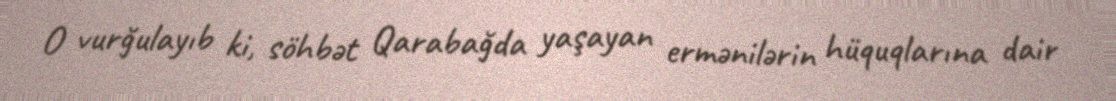
O vurğulayıb ki, söhbət Qarabağda yaşayan ermənilərin hüquqlarına dair